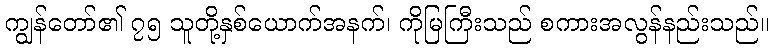
ကျွန်တော်၏ ၇၅ သူတို့နှစ်ယောက်အနက်၊ ကိုမြကြီးသည် စကားအလွန်နည်းသည်။